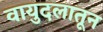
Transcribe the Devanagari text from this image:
वायुदलातून